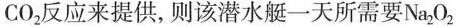
CO_{2}反应来提供，则该潜水艇一天所需要Na_{2}O_{2}